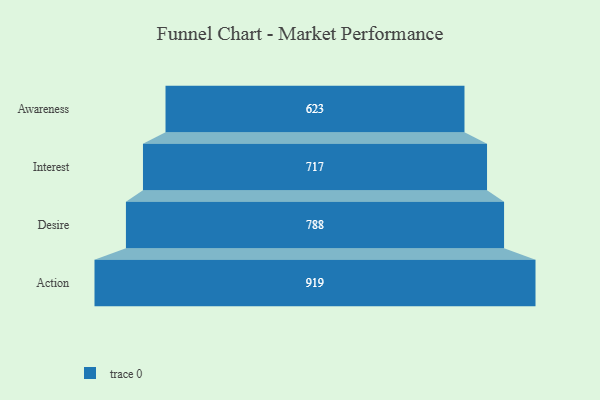
{"axis": {"x": "Stage", "y": "Value"}, "legend": [""], "data": [{"x": "Awareness", "y": 623.0, "type": ""}, {"x": "Interest", "y": 717.0, "type": ""}, {"x": "Desire", "y": 788.0, "type": ""}, {"x": "Action", "y": 919.0, "type": ""}]}